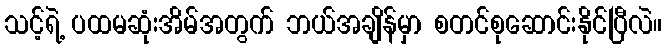
သင့်ရဲ့ ပထမဆုံးအိမ်အတွက် ဘယ်အချိန်မှာ စတင်စုဆောင်းနိုင်ပြီလဲ။